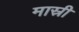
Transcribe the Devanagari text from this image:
मास्री